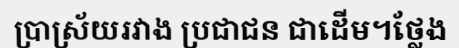
ប្រាស្រ័យរវាង ប្រជាជន ជាដើម។ថ្លែង